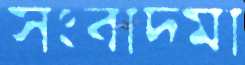
সংবাদমা